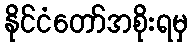
နိုင်ငံတော်အစိုးရမှ